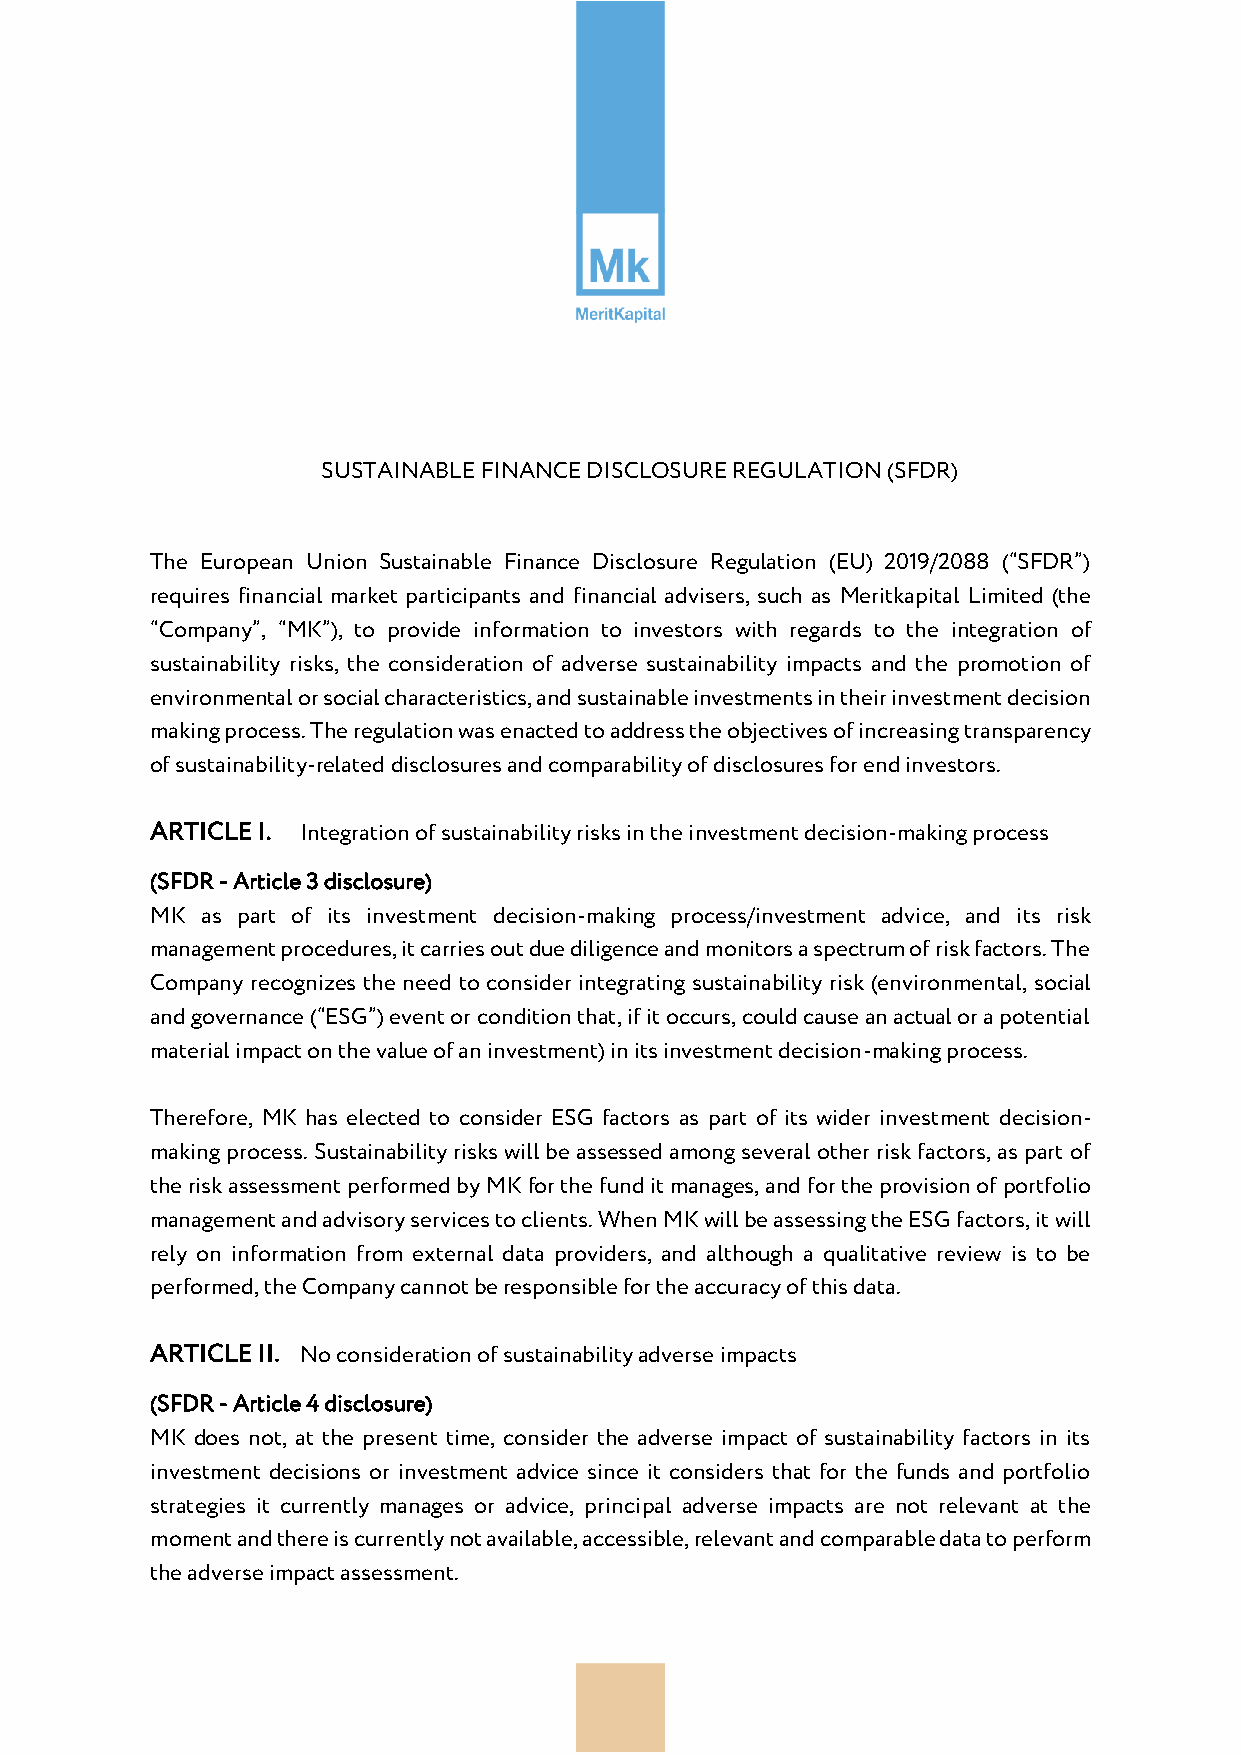
SUSTAINABLE FINANCE DISCLOSURE REGULATION (SFDR)
 The European Union Sustainable Finance Disclosure Regulation (EU) 2019/2088 (“SFDR”)
 requires financial market participants and financial advisers, such as Meritkapital Limited (the
 “Company”, “MK”), to provide information to investors with regards to the integration of
 sustainability risks, the consideration of adverse sustainability impacts and the promotion of
 environmental or social characteristics, and sustainable investments in their investment decision
 making process. The regulation was enacted to address the objectives of increasing transparency
 of sustainability-related disclosures and comparability of disclosures for end investors.
 ARTICLE I. Integration of sustainability risks in the investment decision-making process
 (SFDR - Article 3 disclosure)
 MK as part of its investment decision-making process/investment advice, and its risk
 management procedures, it carries out due diligence and monitors a spectrum of risk factors. The
 Company recognizes the need to consider integrating sustainability risk (environmental, social
 and governance (“ESG”) event or condition that, if it occurs, could cause an actual or a potential
 material impact on the value of an investment) in its investment decision-making process.
 Therefore, MK has elected to consider ESG factors as part of its wider investment decision-
 making process. Sustainability risks will be assessed among several other risk factors, as part of
 the risk assessment performed by MK for the fund it manages, and for the provision of portfolio
 management and advisory services to clients. When MK will be assessing the ESG factors, it will
 rely on information from external data providers, and although a qualitative review is to be
 performed, the Company cannot be responsible for the accuracy of this data.
 ARTICLE II. No consideration of sustainability adverse impacts
 (SFDR - Article 4 disclosure)
 MK does not, at the present time, consider the adverse impact of sustainability factors in its
 investment decisions or investment advice since it considers that for the funds and portfolio
 strategies it currently manages or advice, principal adverse impacts are not relevant at the
 moment and there is currently not available, accessible, relevant and comparable data to perform
 the adverse impact assessment.